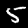
Label: 5